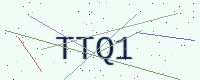
Text: TTQ1